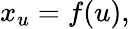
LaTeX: x_{u}=f(u),